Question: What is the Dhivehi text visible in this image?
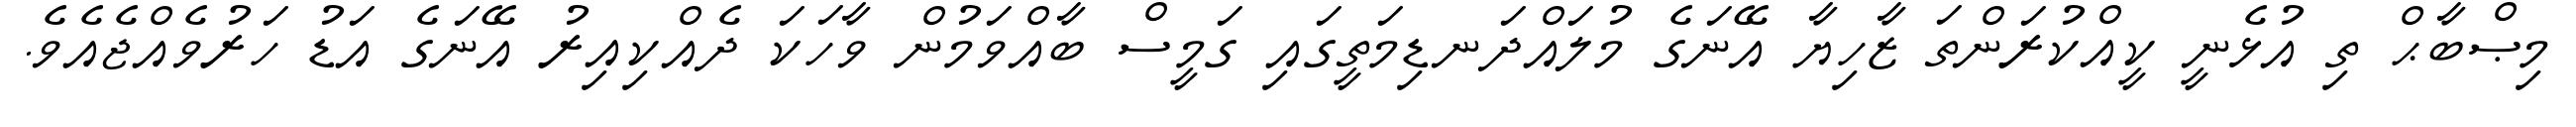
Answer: މިޞްބާޙް ތި އުޅެނީ ކީއްކުރަންތަ ޒާހިޔާ އޭނަގެ މުލައްދަނޑިމަތީގައި ގަމީސް ބާއްވަމުން ވާހަކަ ދެއްކިއިރު އޭނަގެ އަޑު ހަރުވެއްޖެއެވެ.